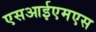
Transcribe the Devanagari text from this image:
एसआईएमएस